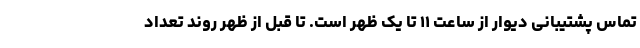
تماس پشتیبانی دیوار از ساعت ۱۱ تا یک ظهر است. تا قبل از ظهر روند تعداد